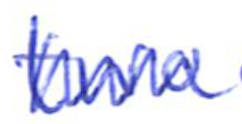
Text: two
Cross-out: zig-zag
Writing tool: ballpoint